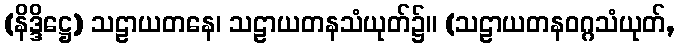
(နိဒ္ဒိဋ္ဌေ) သဠာယတနေ၊ သဠာယတနသံယုတ်၌။ (သဠာယတနဝဂ္ဂသံယုတ်,